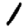
Digit: 1